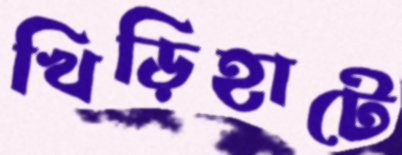
খিড়িহাটে